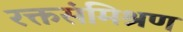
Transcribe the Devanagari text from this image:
रक्तसंमिश्रण